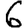
Digit: 6